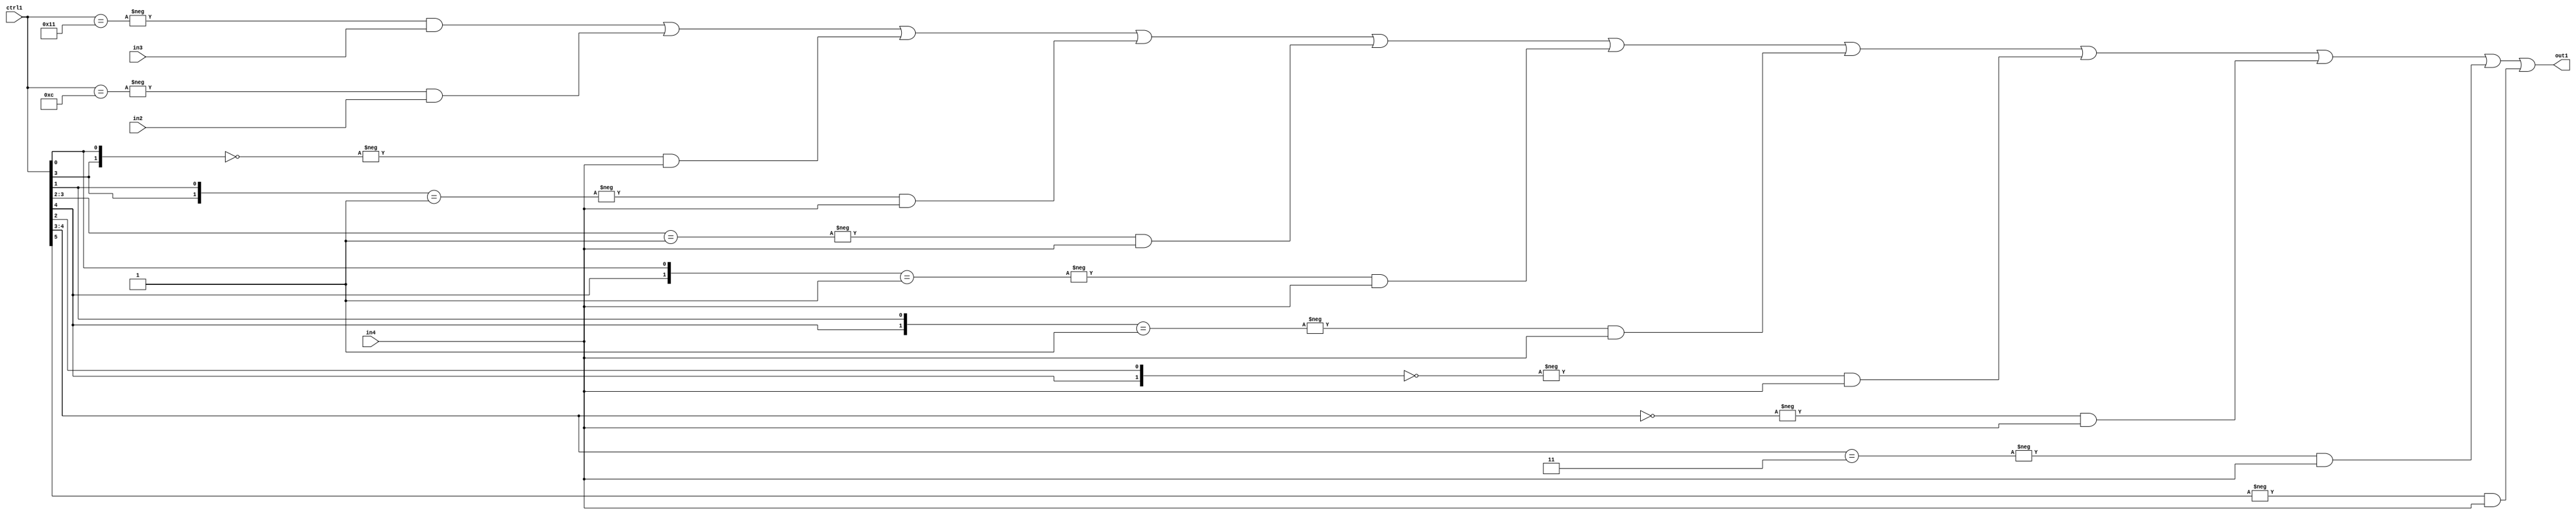
`timescale 1ps / 1ps
/*****************************************************************************
    Verilog RTL Description
    
    
    Created by: Stratus DpOpt 21.05.01 
*******************************************************************************/

module SobelFilter_N_Mux_32_3_91_4 (
	in4,
	in3,
	in2,
	ctrl1,
	out1
	); /* architecture "behavioural" */ 
input [31:0] in4;
input [8:0] in3,
	in2;
input [5:0] ctrl1;
output [31:0] out1;
wire [31:0] asc001;

assign asc001 = 
	-{ctrl1 == 6'B010001} & in3 |
	-{ctrl1 == 6'B001100} & in2 |
	-{{ctrl1[3], ctrl1[0]} == 2'B00} & in4 |
	-{{ctrl1[3], ctrl1[1]} == 2'B01} & in4 |
	-{ctrl1[3:2] == 2'B01} & in4 |
	-{{ctrl1[4], ctrl1[0]} == 2'B01} & in4 |
	-{{ctrl1[4], ctrl1[1]} == 2'B01} & in4 |
	-{{ctrl1[4], ctrl1[2]} == 2'B00} & in4 |
	-{ctrl1[4:3] == 2'B00} & in4 |
	-{ctrl1[4:3] == 2'B11} & in4 |
	-{ctrl1[5] == 1'B1} & in4 ;

assign out1 = asc001;
endmodule

/* CADENCE  vbTxSgw= : u9/ySxbfrwZIxEzHVQQV8Q== ** DO NOT EDIT THIS LINE ******/